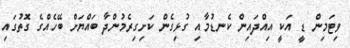
ވިޓަމިން ޑީ އަކީ އިއްދައިން ކެނޑުމާއި ގުޅިގެން ކަށިގިރެމުންދާ ބައްޔަށް ބޭހެއްގެ ގޮތުގައި